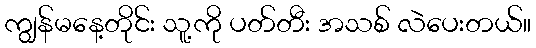
ကျွန်မနေ့တိုင်း သူ့ကို ပတ်တီး အသစ် လဲပေးတယ်။